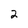
Character: 2